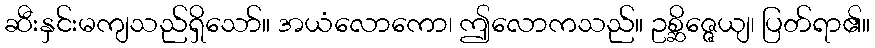
ဆီးနှင်းမကျသည်ရှိသော်။ အယံလောကော၊ ဤလောကသည်။ ဥစ္ဆိဇ္ဇေယျ၊ ပြတ်ရာ၏။